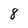
Character: 8